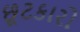
છૂટકારો